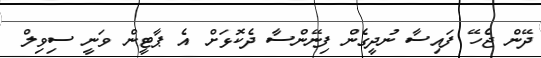
ދޭން ޖެހޭ ފައިސާ ނުދީގެން ފިނޭންސާ ދެކޮޅަށް އެ ޕާޓީން ވަނީ ސިވިލް